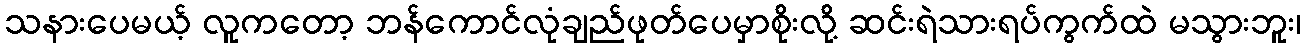
သနားပေမယ့် လူကတော့ ဘန်ကောင်လုံချည်ဖုတ်ပေမှာစိုးလို့ ဆင်းရဲသားရပ်ကွက်ထဲ မသွားဘူး၊